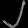
Digit: ၂